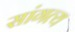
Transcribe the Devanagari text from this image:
सांगत्य